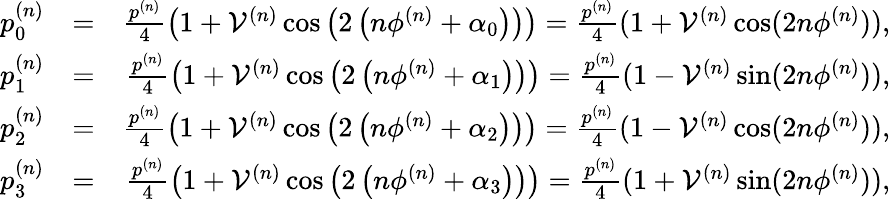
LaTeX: \begin{array}{rlr}{p_{0}^{(n)}}&{=}&{\frac{p^{(n)}}{4}\left(1+\mathcal{V}^{(n)}\cos\left(2\left(n\phi^{(n)}+\alpha_{0}\right)\right)\right)=\frac{p^{(n)}}{4}(1+\mathcal{V}^{(n)}\cos(2n\phi^{(n)})),}\\ {p_{1}^{(n)}}&{=}&{\frac{p^{(n)}}{4}\left(1+\mathcal{V}^{(n)}\cos\left(2\left(n\phi^{(n)}+\alpha_{1}\right)\right)\right)=\frac{p^{(n)}}{4}(1-\mathcal{V}^{(n)}\sin(2n\phi^{(n)})),}\\ {p_{2}^{(n)}}&{=}&{\frac{p^{(n)}}{4}\left(1+\mathcal{V}^{(n)}\cos\left(2\left(n\phi^{(n)}+\alpha_{2}\right)\right)\right)=\frac{p^{(n)}}{4}(1-\mathcal{V}^{(n)}\cos(2n\phi^{(n)})),}\\ {p_{3}^{(n)}}&{=}&{\frac{p^{(n)}}{4}\left(1+\mathcal{V}^{(n)}\cos\left(2\left(n\phi^{(n)}+\alpha_{3}\right)\right)\right)=\frac{p^{(n)}}{4}(1+\mathcal{V}^{(n)}\sin(2n\phi^{(n)})),}\end{array}